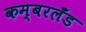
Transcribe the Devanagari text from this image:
कम्बरलँड